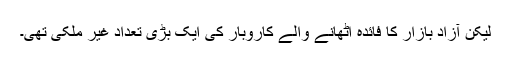
لیکن آزاد بازار کا فائدہ اٹھانے والے کاروبار کی ایک بڑی تعداد غیر ملکی تھی۔